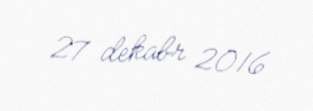
27 dekabr 2016